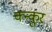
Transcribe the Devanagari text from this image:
क्न्कुर